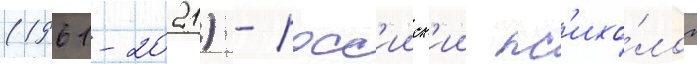
(1961-2021) - росс'ииск'ии пс'ихо́лог